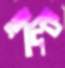
ইদিক